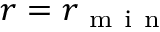
r = r _ { \mathrm { ~ m ~ i ~ n ~ } }